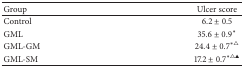
| Group | Ulcer score |
 | --- | --- |
 | Control | 6.2 ± 0.5 |
 | GML | 35.6 ± 0.9∗ |
 | GML-GM | 24.4 ± 0.7∗△ |
 | GML-SM | 17.2 ± 0.7∗△▲ |